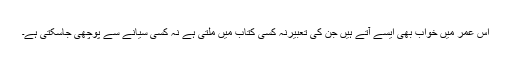
اس عمر میں خواب بھی ایسے آتے ہیں جن کی تعبیرنہ کسی کتاب میں ملتی ہے نہ کسی سیانے سے پوچھی جاسکتی ہے۔